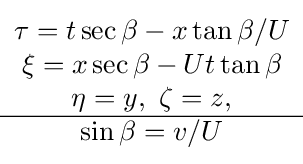
{\begin{matrix}\tau =t\sec \beta -x\tan \beta /U\\\xi =x\sec \beta -Ut\tan \beta \\\eta =y,\ \zeta =z,\\\hline \sin \beta =v/U\end{matrix}}